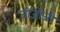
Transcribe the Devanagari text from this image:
जीजीजी